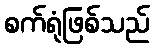
စက်ရုံဖြစ်သည်